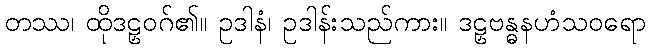
တဿ၊ ထိုဒဠှဝဂ်၏။ ဥဒါနံ၊ ဥဒါန်းသည်ကား။ ဒဠှဗန္ဓနဟံသဝရော